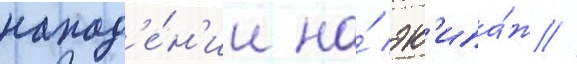
напад'е́н'ии на́ эк'ипа́ж //